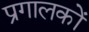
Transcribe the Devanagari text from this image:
प्रगालकों